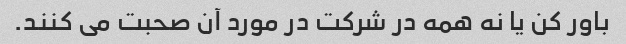
باور کن یا نه همه در شرکت در مورد آن صحبت می کنند.